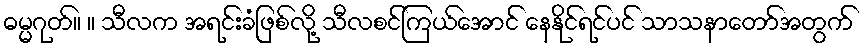
ဓမ္မဂုတ်။ ။ သီလက အရင်းခံဖြစ်လို့ သီလစင်ကြယ်အောင် နေနိုင်ရင်ပင် သာသနာတော်အတွက်